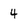
Character: 4